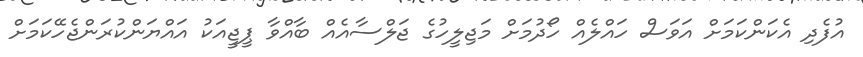
އުފެދި އެކަންކަމަށް އަވަސް ހައްލެއް ހޯދުމަށް މަޖިލީހުގެ ޖަލްސާއެއް ބާއްވާ ޕީޖީއަކު އައްޔަންކުރަންޖެހޭކަމަށް